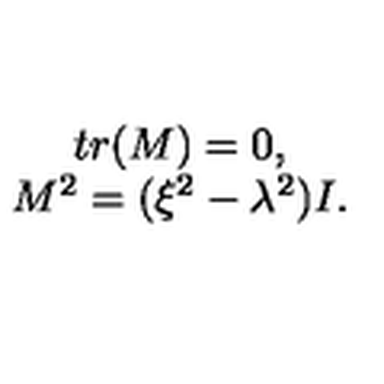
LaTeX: \begin{array} { c } { t r ( M ) = 0 , } \\ { M ^ { 2 } = ( \xi ^ { 2 } - \lambda ^ { 2 } ) I . } \\ \end{array}